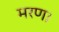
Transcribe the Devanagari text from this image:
मरण।